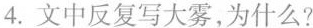
4. 文中反复写大雾，为什么?